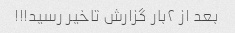
بعد از ۲بار گزارش تاخیر رسید!!!